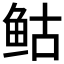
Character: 𲍌